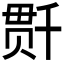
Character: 𰅺